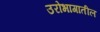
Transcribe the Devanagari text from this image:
उरोभागातील